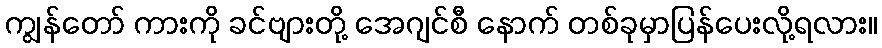
ကျွန်တော် ကားကို ခင်ဗျားတို့ အေဂျင်စီ နောက် တစ်ခုမှာပြန်ပေးလို့ရလား။